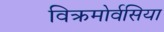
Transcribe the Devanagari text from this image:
विक्रमोर्वसिया